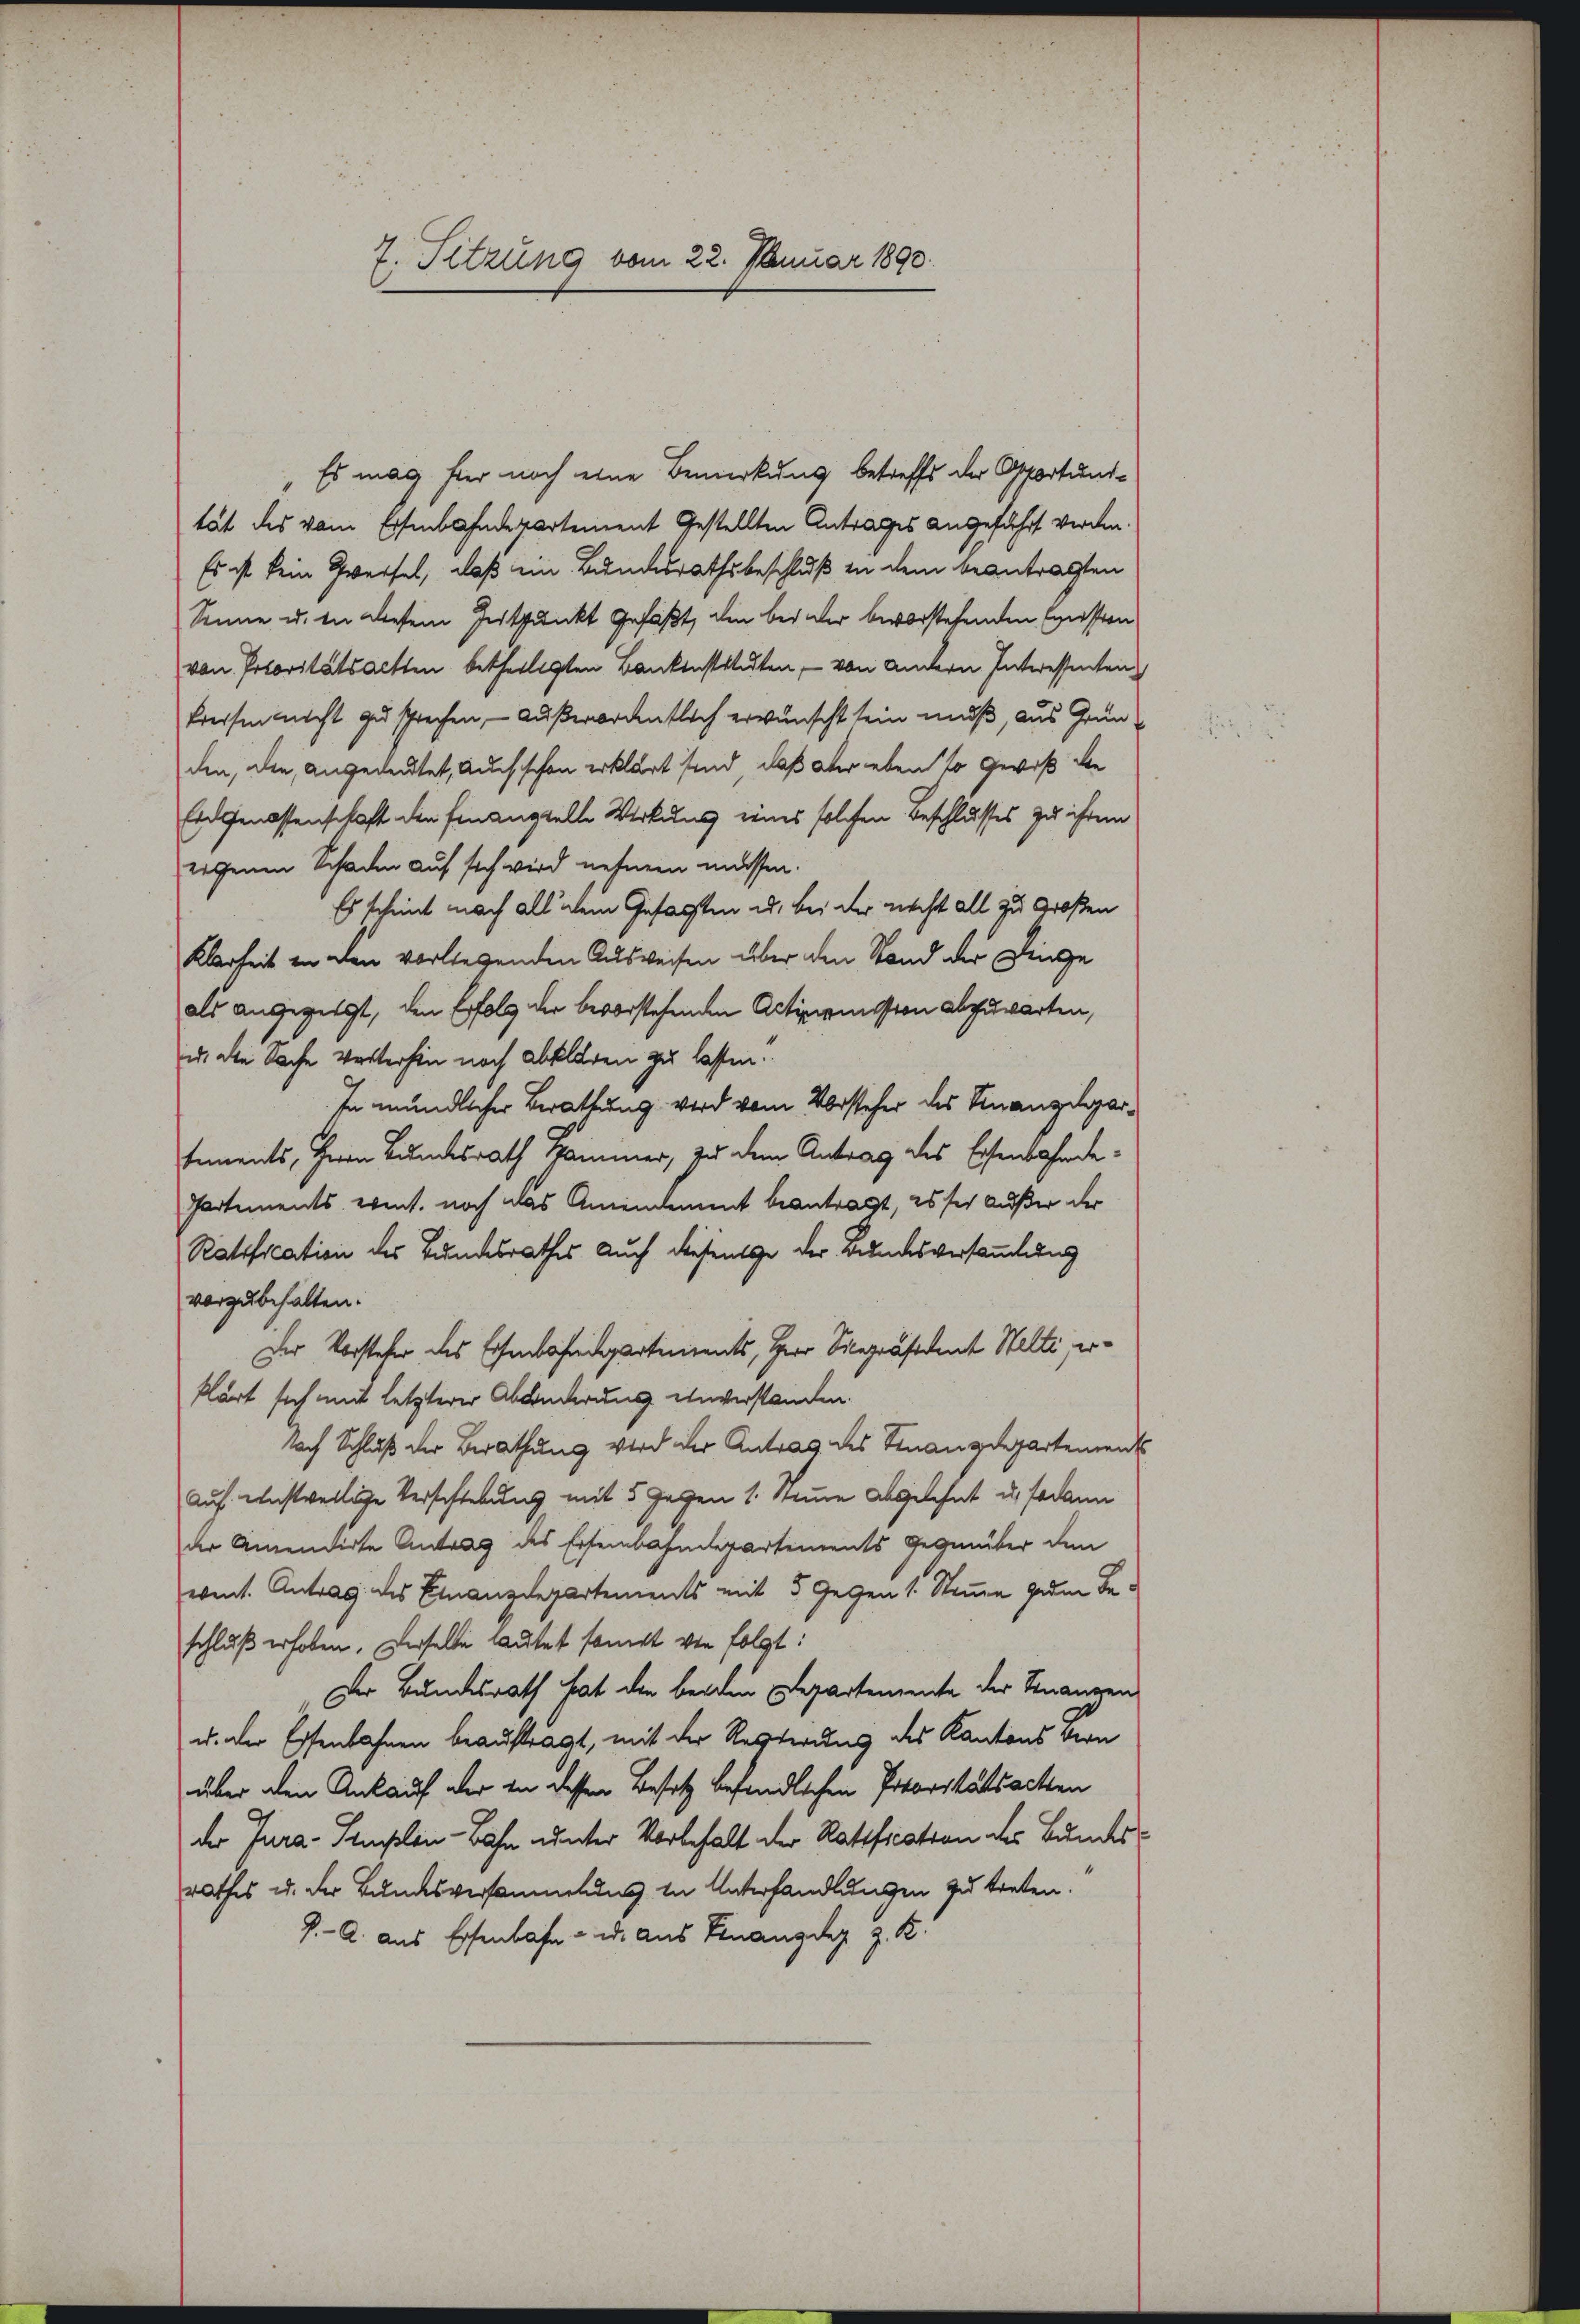
7. Sitzung vom 22. Januar 1890.

Es mag hier noch eine Bemerkung betreffs der Aportundtät des vom Eisenbahndepartement gestellten Antrages angeführt werden.
Es ist kein Zweifel, daß ein Bundesrathsbeschluß in dem beantragten
Sinne u. in diesem Intpunkt gefaßt, den bei der bevorstehenden Ernsten
von Potoritätsachten betheiligten Bankenstituten, von andern Interessenten
Preisen nicht zu sprechen, – außerordentlich erwünscht sein muß, aus Grun
den, den, angedeutet, auch schon erklärt sind, daß aber eben so gewiß de
Eidgenossenschaft den finanzielle Wirkung eines solchen Beschlusses zu ihrem
eigenen Schaden auf sich wird nehmen müssen.
Es scheint nach all dem Gesagten u. bei der nacht all zu Großen
Klarheit in den vorliegenden Ausweisen über den Stand der Dinge
als angegebet, den Erfolg der bevorstehenden Actiermission abzuwarten,
u. die Sache Verterhin noch abklären zu lassen.
In mündlicher Berathung wird vom Vorsteher des Finanzdepartements, Herrn Bundesrath Hammer, zu dem Antrag des Eisenbahnde¬
Partements, event. noch das Amendement beantragt, es sei Außer der
Ratification des Bundesrathes auch diesenge der Bundesversammlung
vorzubehalten.
Der Vorsteher des Eisenbahndepartinients, Herr Vicepräsident Welti, erklärt sich mit letzterer Abänderung einverstanden.
Nach Schluß der Berathung wird der Antrag des Finanzdepartement
Auf einstweilige Verschtebung mit 5 gegen 1. Stimme abgelehnt u. sodann
der Anwendirte Antrag des Eisenbahndepartements gegenüber dem
went. Antrag des Finanzdepartements mit 5 gegen 1. Stimme geden Beschluß erhoben. Derselbe lautet sampt von folgt:
Der Bundesrath hat die beiden Departemente der Finanzen
u. der Essenbahnen beauftragt, mit der Regierung des Kantons Vern
über den Ankauf der in dessen Besitz befindlichen Prioritätsachen
der Jura-Simplen-Bahn unter Vorbehalt der Ratification der Bundesrathes u. der Bundesversammlung in Unterhandlungen zu treten.
J. A. aus Essenbahn - u. aus Finanzdez z. B.